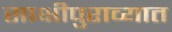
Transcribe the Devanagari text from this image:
साक्षीपुराव्यात